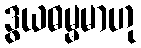
ဒွယဓမ္မမာဟု